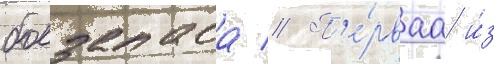
боезапаса // П'е́рваа и́з